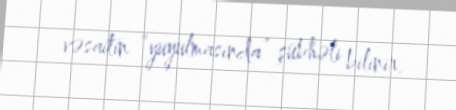
vəsaitin “yuyulmasında” şübhəli bilinir.